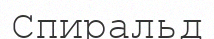
Спиральд